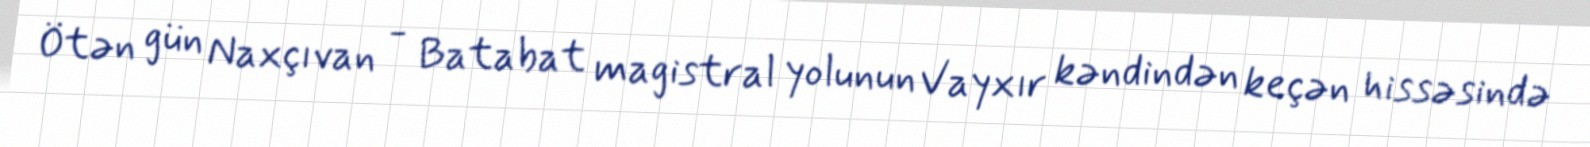
Ötən gün Naxçıvan - Batabat magistral yolunun Vayxır kəndindən keçən hissəsində